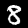
Digit: 8